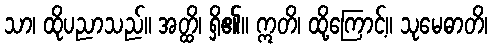
သာ၊ ထိုပညာသည်။ အတ္ထိ၊ ရှိ၏။ ဣတိ၊ ထို့ကြောင့်။ သုမေဓာတိ၊